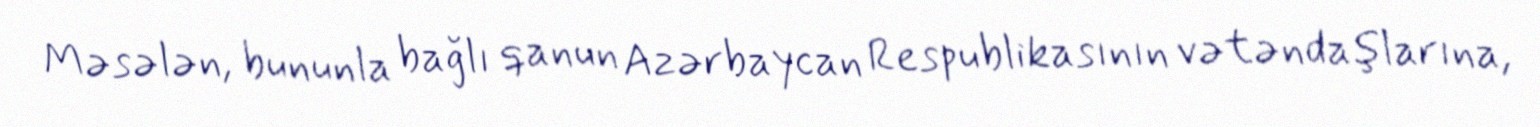
Məsələn, bununla bağlı qanun Azərbaycan Respublikasının vətəndaşlarına,